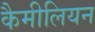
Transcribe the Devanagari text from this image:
कैमीलियन